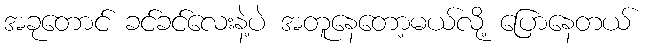
အခုတောင် ခင်ခင်လေးနဲ့ပဲ အတူနေတော့မယ်လို့ ပြောနေတယ်